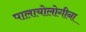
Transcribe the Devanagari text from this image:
पालायोलोगीना